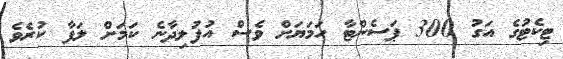
ޓިކެޓުގެ އަގު 300 ޕަސެންޓާ ހަމަޔަށް ވެސް އުފުލިދާނެ ކަމަށް ލަފާ ކުރެވެ